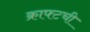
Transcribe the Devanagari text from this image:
क्राफ्टची